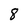
Character: 8